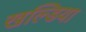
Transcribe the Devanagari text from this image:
खल्डिया